Indian journal of veterinary science and animal husbandry - Volume 7,
Year: 1937
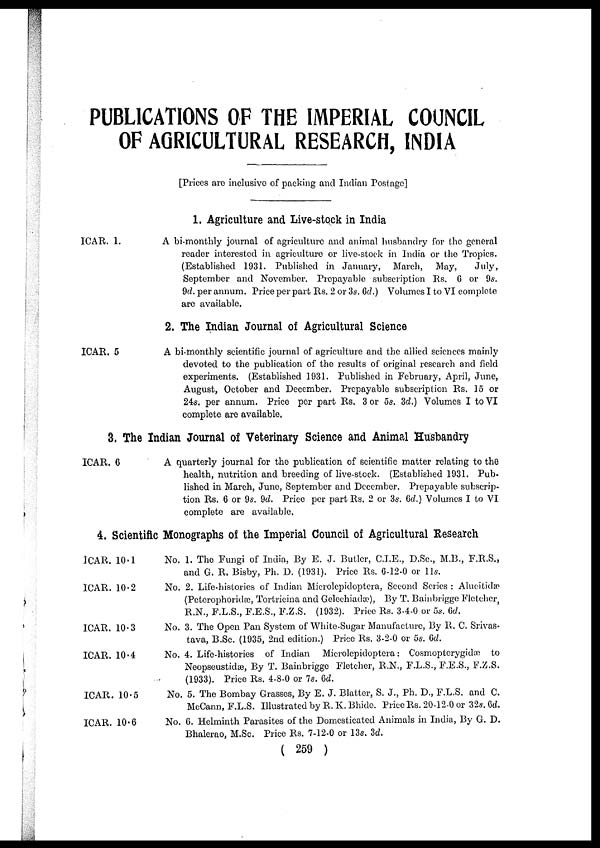
PUBLICATIONS OF THE IMPERIAL COUNCIL
OF AGRICULTURAL RESEARCH, INDIA
[Prices are inclusive of packing and Indian Postage]
1. Agriculture and Live-stock in India
ICAR. 1.
A bi-monthly journal of agriculture and animal husbandry for the general
reader interested in agriculture or live-stock in India or the Tropics.
(Established 1931. Published in January,
March,
May,
July,
September and November. Prepayable subscription Rs. 6 or 9s.
9d. per annum. Price per part Rs. 2 or 3s. 6d.) Volumes I to VI complete
are available.
2. The Indian Journal of Agricultural Science
ICAR. 5
A bi-monthly scientific journal of agriculture and the allied sciences mainly
devoted to the publication of the results of original research and field
experiments. (Established 1931. Published in February, April, June,
August, October and December. Prepayable subscription Rs. 15 or
24s. per annum. Price per part Rs. 3 or 5s. 3d.) Volumes I to VI
complete are available.
3. The Indian Journal of Veterinary Science and Animal Husbandry
ICAR. 6
A quarterly journal for the publication of scientific matter relating to the
health, nutrition and breeding of live-stock. (Established 1931. Pub-
lished in March, June, September and December. Prepayable subscrip-
tion Rs. 6 or 9s. 9d. Price per part Rs. 2 or 3s. 6d.) Volumes I to VI
complete are available.
4. Scientific Monographs of the Imperial Council of Agricultural Research
ICAR. 10.1
ICAR. 10.2
ICAR. 10.3
ICAR. 10.4
ICAR. 10.5
ICAR. 10.6
No. 1. The Fungi of India, By E. J. Butler, C.I.E., D.Sc., M.B., F.R.S.,
and G. R. Bisby, Ph. D. (1931). Price Rs. 6-12-0 or 11s.
No. 2. Life-histories of Indian Microlepidoptera, Second Series : Alucitidæ
(Peterophoridæ, Tortricina and Gelechiadæ), By T. Bainbrigge Fletcher,
R.N., F.L.S., F.E.S., F.Z.S. (1932). Price Rs. 3-4-0 or 5s. 6d.
No. 3. The Open Pan System of White-Sugar Manufacture, By R. C. Srivas-
tava, B.Sc. (1935, 2nd edition.) Price Rs. 3-2-0 or 5s. 6d.
No. 4. Life-histories of Indian Microlepidoptera: Cosmopterygidæ to
Neopseustidæ, By T. Bainbrigge Fletcher, R.N., F.L.S., F.E.S., F.Z.S.
(1933). Price Rs. 4-8-0 or 7s. 6d.
No. 5. The Bombay Grasses, By E. J. Blatter, S. J., Ph. D., F.L.S. and C.
McCann, F.L.S. Illustrated by R. K. Bhide. Price Rs. 20-12-0 or 32s. 6d.
No. 6. Helminth Parasites of the Domesticated Animals in India, By G. D.
Bhalerao, M.Sc. Price Rs. 7-12-0 or 13s. 3d.
( 259 )